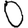
Digit: 0